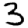
Digit: 3